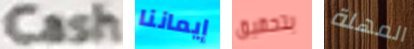
Cash إيماننا بتحقيق المهلة